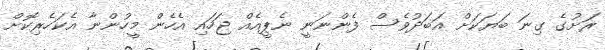
ރަށުގެ ގިނަ ބަޔަކަށް އަބަދުވެސް ފެންނަނީ ނެޕީއެއް ޖަހައި އެހެން މީހުންނާ އެކަހެރިކޮށް